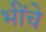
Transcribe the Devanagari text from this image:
भींचे